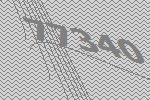
77340